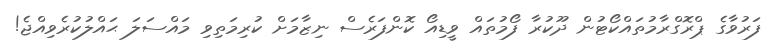
ފަރުވާގެ ޕްރޮގްރާމުތައްކޯޓުން ދޫކުރާ ފޯމުތައް ވީޑިއޯ ކޮންފަރެސް ނިޒާމަށް ކުރިމަތިވި މައްސަލަ ޙައްލުކުރެވިއްޖެ!